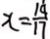
x = \frac { 1 4 } { 1 7 }